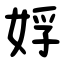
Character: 娐